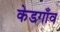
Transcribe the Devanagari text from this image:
केडगाँव